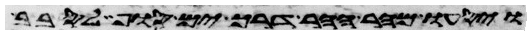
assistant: ויסעו מהר ההר דרך ים סוף לסבב